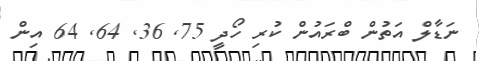
ނަޑާލް އަތުން ބްރައުން ކުރި ހޯދީ 75